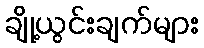
ချို့ယွင်းချက်များ